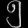
Digit: ၅